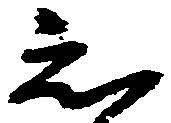
知